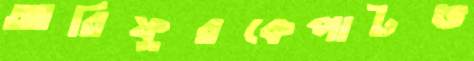
আরিফুরকেপাটভ